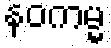
နဝကမ္မ